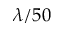
\lambda / 5 0